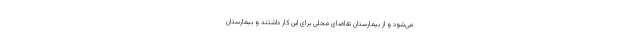
می‌شود و از بیمارستان تقاضای محلی برای این کار داشتند و بیمارستان